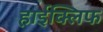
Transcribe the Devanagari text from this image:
हाईक्लिफ